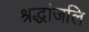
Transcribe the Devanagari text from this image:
श्रद्धांजलि